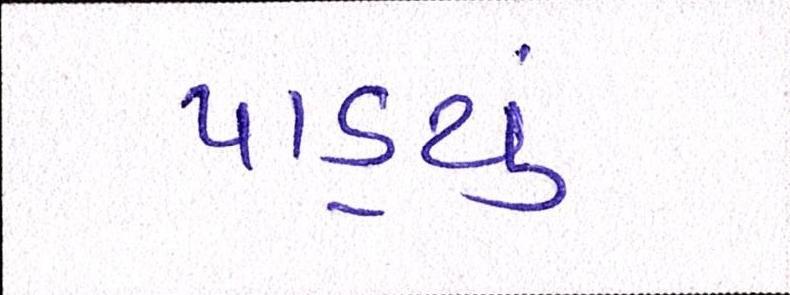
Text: પાડ્યું